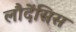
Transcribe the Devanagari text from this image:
लौदेंसिस